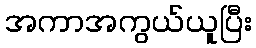
အကာအကွယ်ယူပြီး